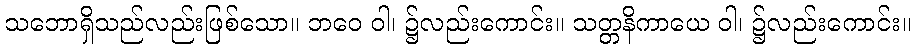
သဘောရှိသည်လည်းဖြစ်သော။ ဘဝေ ဝါ၊ ၌လည်းကောင်း။ သတ္တနိကာယေ ဝါ၊ ၌လည်းကောင်း။